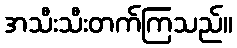
အသီးသီးတက်ကြသည်။